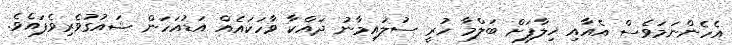
އެހެންނަމަވެސް އެއާއި ޚިލާފަށް ބަލްމާ ހުރީ ސުލައިމާނު ދައްކާ ވާހަކައެއް އަޑުއަހަން ޝައުގުވެރިވެފައެވެ.